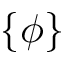
\{ \phi \}